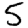
Digit: 5